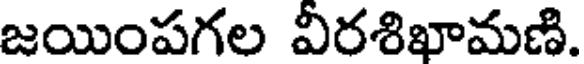
జయింపగల వీరశిఖామణి.